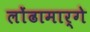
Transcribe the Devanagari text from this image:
लोंढामार्गे